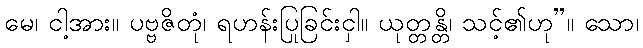
မေ၊ ငါ့အား။ ပဗ္ဗဇိတုံ၊ ရဟန်းပြုခြင်းငှါ။ ယုတ္တန္တိ၊ သင့်၏ဟု”။ သော၊